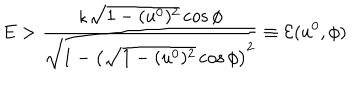
LaTeX: E > \frac { \kappa \sqrt { 1 - ( u ^ { 0 } ) ^ { 2 } } \cos \phi } { \sqrt { 1 - \left( \sqrt { 1 - ( u ^ { 0 } ) ^ { 2 } } \cos \phi \right) ^ { 2 } } } \equiv \mathcal { E } ( u ^ { 0 } , \phi )